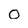
Character: 0